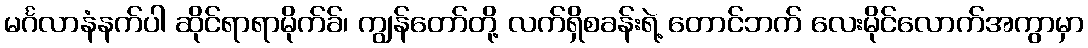
မင်္ဂလာနံနက်ပါ ဆိုင်ရာရာမိုက်ခ်၊ ကျွန်တော်တို့ လက်ရှိစခန်းရဲ့ တောင်ဘက် လေးမိုင်လောက်အကွာမှာ